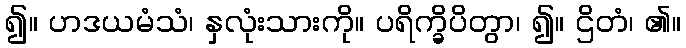
၍။ ဟဒယမံသံ၊ နှလုံးသားကို။ ပရိက္ခိပိတွာ၊ ၍။ ဌိတံ၊ ၏။